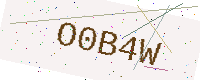
Text: O0B4W